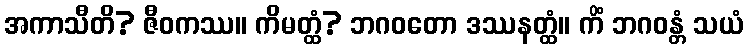
အကာသီတိ? ဇီဝကဿ။ ကိမတ္ထံ? ဘဂဝတော ဒဿနတ္ထံ။ ကိံ ဘဂဝန္တံ သယံ